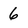
Character: 6